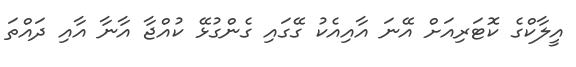
އީލާކްގެ ކޮޓަރިއަށް އޭނަ އާއިއެކު ގޭގައި ގެންގުޅޭ ކުއްޖާ އާނާ އާއި ދައްތަ